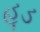
હૂડ